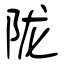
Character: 陇